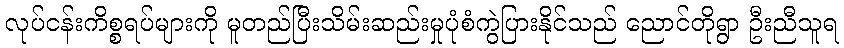
လုပ်ငန်းကိစ္စရပ်များကို မူတည်ပြီးသိမ်းဆည်းမှုပုံစံကွဲပြားနိုင်သည် ညောင်တိုရွာ ဦးညီသူရ